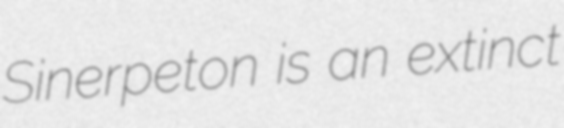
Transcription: Sinerpeton is an extinct